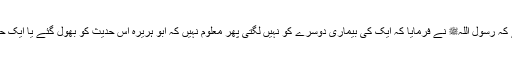
سیدنا ابو ہریرہؓ ہم سے اس حدیث کو بیان کرتے تھے کہ رسول اللہﷺ نے فرمایا کہ ایک کی بیماری دوسرے کو نہیں لگتی پھر معلوم نہیں کہ ابو ہریرہ اس حدیث کو بھول گئے یا ایک حدیث سے دوسری حدیث کو انہوں نے منسوخ سمجھا۔